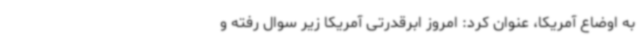
به اوضاع آمریکا، عنوان کرد: امروز ابرقدرتی آمریکا زیر سوال رفته و